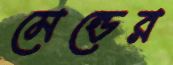
মেন্ডের